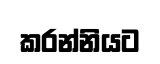
කරන්නියට